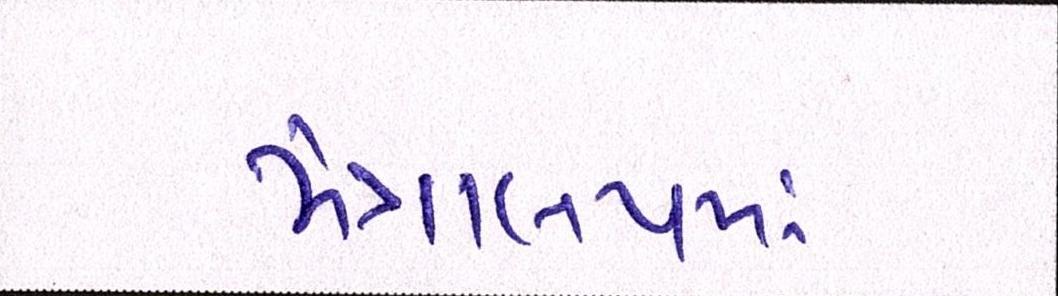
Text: મંત્રાલયમાં